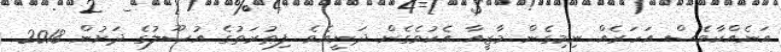
އަނެއްކާވެސް އަހަރެއް ނިމިގެން މާޒީއާ އެކުވެގެން ދަނީއެވެ. ފިޠުރަތުގެ އުޞޫލުގެ ދަށުން 2018